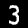
Digit: 3